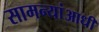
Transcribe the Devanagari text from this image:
सामन्यांआधी